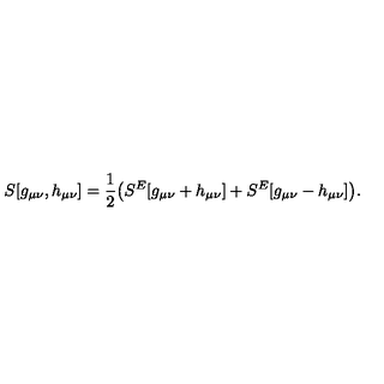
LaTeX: S [ g _ { \mu \nu } , h _ { \mu \nu } ] = \frac { 1 } { 2 } \big ( S ^ { E } [ g _ { \mu \nu } + h _ { \mu \nu } ] + S ^ { E } [ g _ { \mu \nu } - h _ { \mu \nu } ] \big ) .